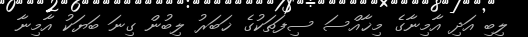
ލިބި އަދި އާމިނާގެ މިޚާއްސަ ސިފަތަކުގެ ޚަބަރު ލިބުން ގިނަ ބަޔަކު އާމިނާ